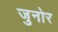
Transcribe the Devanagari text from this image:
जुनोर